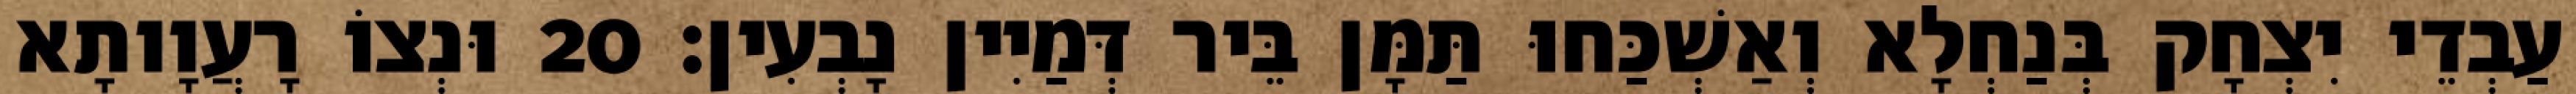
עַבְדֵי יִצְחָק בְּנַחְלָא וְאַשְׁכַּחוּ תַּמָּן בֵּיר דְּמַיִין נָבְעִין׃ 20 וּנְצוֹ רָעֲוָותָא